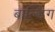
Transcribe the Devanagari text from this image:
बाल्डिंग